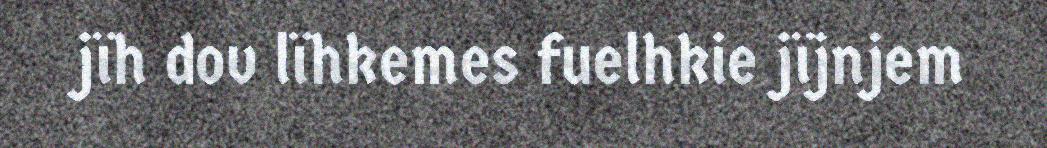
jïh dov lïhkemes fuelhkie jïjnjem